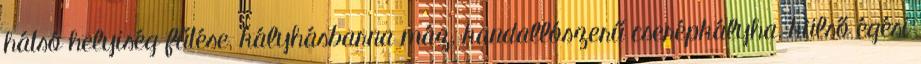
hátsó helyiség fűtése, kályhásbarna máz, kandallószerű cserépkályha, külső égési